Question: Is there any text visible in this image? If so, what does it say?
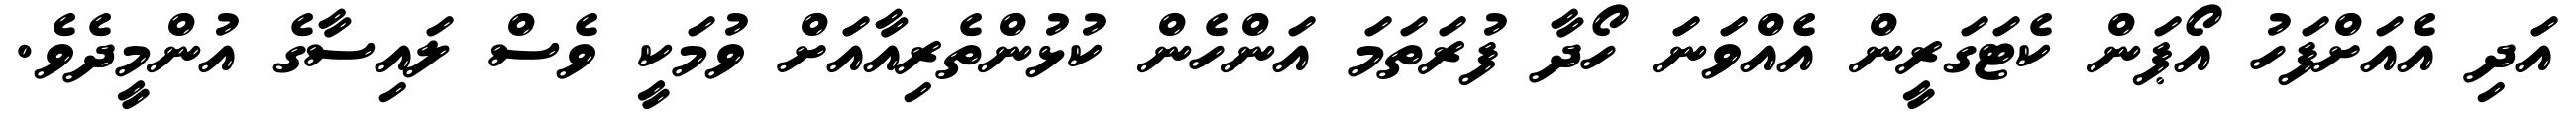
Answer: އަދި އެއަށްފަހު އޯޕަން ކެޓަގަރީން އެއްވަނަ ހޯދާ ފުރަތަމަ އަންހެން ކުޅުންތެރިއާއަށް ވުމަކީ ވެސް ލައިސާގެ އުންމީދެވެ.